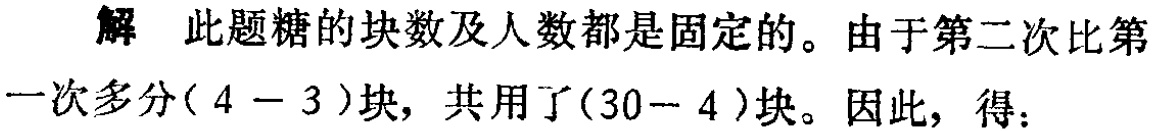
解 此题糖的块数及人数都是固定的。由于第二次比第一次多分\((4 - 3)\)块，共用了\((30 - 4)\)块。因此，得：